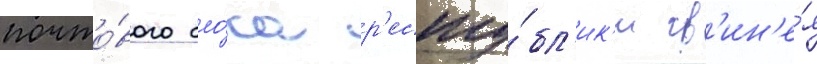
почто́вого бло́ка р'еспу́бл'ик'и гв'ин'е́я